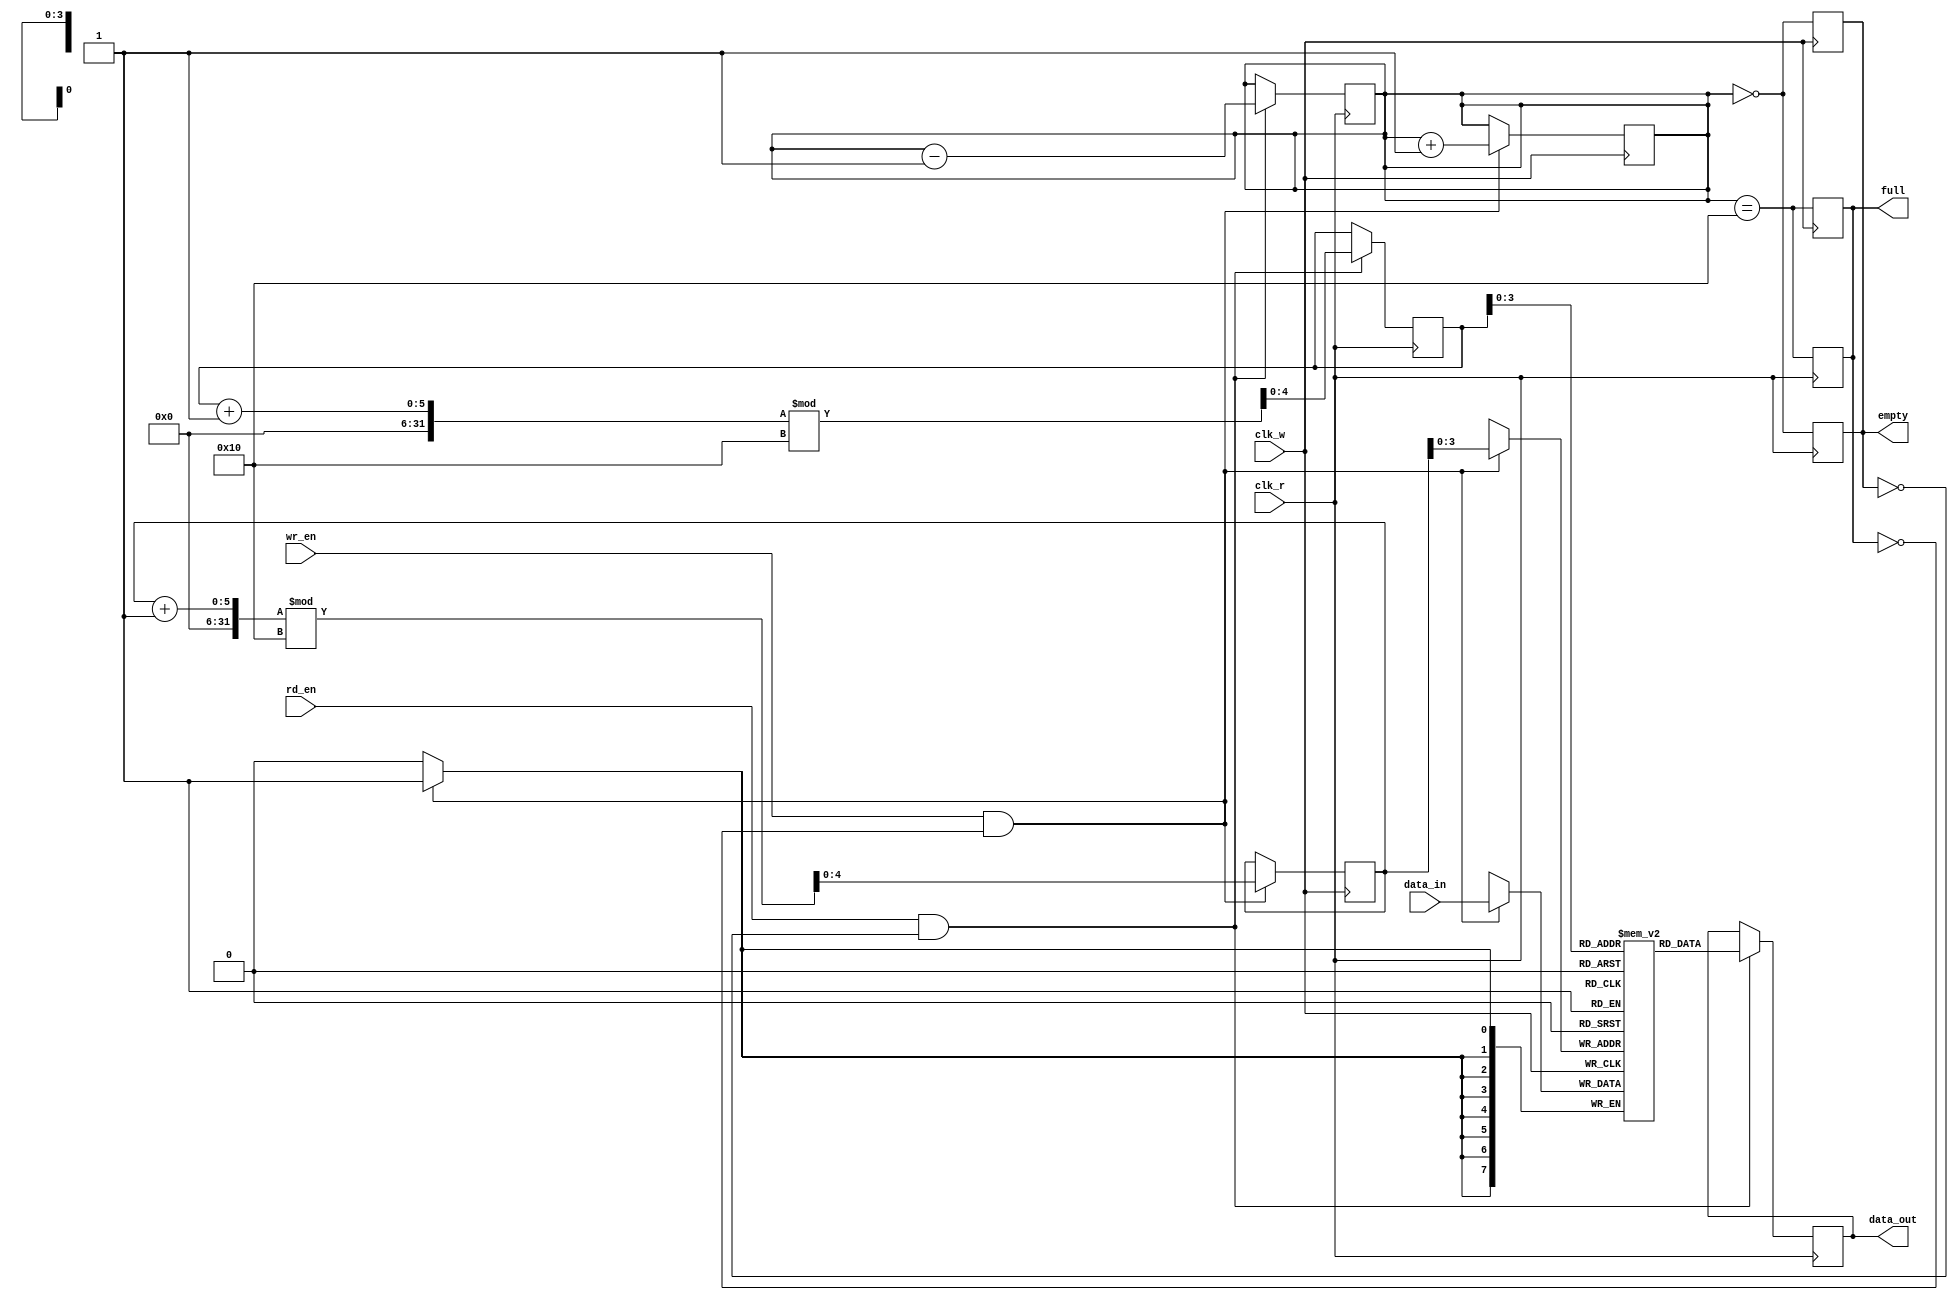
module fifo_sram #(
    parameter DATA_WIDTH = 8,  // Width of each data entry
    parameter DEPTH = 16        // Number of entries in the FIFO
)(
    input wire clk_w,           // Write clock
    input wire clk_r,           // Read clock
    input wire wr_en,           // Write enable
    input wire rd_en,           // Read enable
    input wire [DATA_WIDTH-1:0] data_in, // Data input
    output reg [DATA_WIDTH-1:0] data_out, // Data output
    output reg full,            // Full flag
    output reg empty            // Empty flag
);

    // Internal memory array
    reg [DATA_WIDTH-1:0] mem [0:DEPTH-1];
    reg [4:0] wr_ptr;          // Write pointer
    reg [4:0] rd_ptr;          // Read pointer
    reg [4:0] count;           // Number of entries in the FIFO

    // Initialize pointers and flags
    initial begin
        wr_ptr = 0;
        rd_ptr = 0;
        count = 0;
        full = 0;
        empty = 1;
    end

    // Write operation
    always @(posedge clk_w) begin
        if (wr_en && !full) begin
            mem[wr_ptr] <= data_in; // Write data to memory
            wr_ptr <= (wr_ptr + 1) % DEPTH; // Increment write pointer
            count <= count + 1; // Increment count
        end
        // Update full and empty flags
        full <= (count == DEPTH);
        empty <= (count == 0);
    end

    // Read operation
    always @(posedge clk_r) begin
        if (rd_en && !empty) begin
            data_out <= mem[rd_ptr]; // Read data from memory
            rd_ptr <= (rd_ptr + 1) % DEPTH; // Increment read pointer
            count <= count - 1; // Decrement count
        end
        // Update full and empty flags
        full <= (count == DEPTH);
        empty <= (count == 0);
    end

endmodule